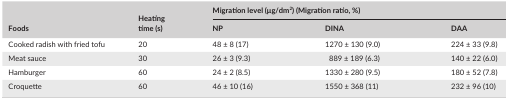
<table><thead><tr><td rowspan="2"><b>Foods</b></td><td rowspan="2"><b>Heatingtime (s)</b></td><td colspan="3"><b>Migration level (μg/dm<sup>2</sup>) (Migration ratio, %)</b></td></tr><tr><td><b>NP</b></td><td><b>DINA</b></td><td><b>DAA</b></td></tr></thead><tbody><tr><td>Cooked radish with fried tofu</td><td>20</td><td>48 ± 8 (17)</td><td>1270 ± 130 (9.0)</td><td>224 ± 33 (9.8)</td></tr><tr><td>Meat sauce</td><td>30</td><td>26 ± 3 (9.3)</td><td>889 ± 189 (6.3)</td><td>140 ± 22 (6.0)</td></tr><tr><td>Hamburger</td><td>60</td><td>24 ± 2 (8.5)</td><td>1330 ± 280 (9.5)</td><td>180 ± 52 (7.8)</td></tr><tr><td>Croquette</td><td>60</td><td>46 ± 10 (16)</td><td>1550 ± 368 (11)</td><td>232 ± 96 (10)</td></tr></tbody></table>